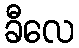
ခီလေ